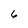
Character: 6